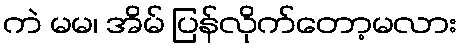
ကဲ မမ၊ အိမ် ပြန်လိုက်တော့မလား